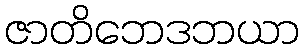
ဇာတိဘေဒဘယာ